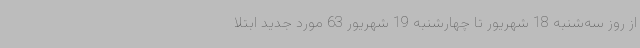
از روز سه‌شنبه 18 شهریور تا چهارشنبه 19 شهریور 63 مورد جدید ابتلا